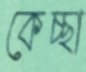
কেচ্ছা